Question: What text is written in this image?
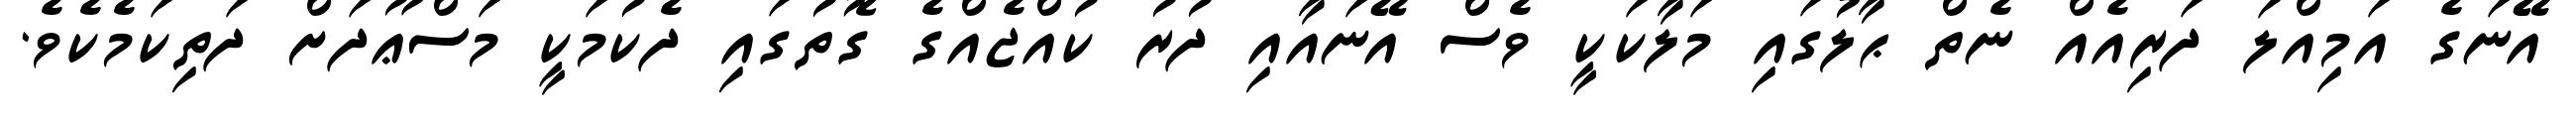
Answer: އޭނަގެ އަމިއްލަ ދަރިއެއް ނެތް ޙާލުގައި މަލާކަކީ ވެސް އޭނައާއި ދުރު ކުއްޖެއްގެ ގޮތުގައި ދެކުމަކީ މަސްޢޫދަށް ދަތިކަމެކެވެ.